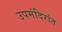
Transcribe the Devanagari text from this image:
उपमंदिरांत